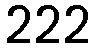
222